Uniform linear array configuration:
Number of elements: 48
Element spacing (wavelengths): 0.75
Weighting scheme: binomial
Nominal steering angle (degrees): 45
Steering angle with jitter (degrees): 44.377
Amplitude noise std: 0.05
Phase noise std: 0.05

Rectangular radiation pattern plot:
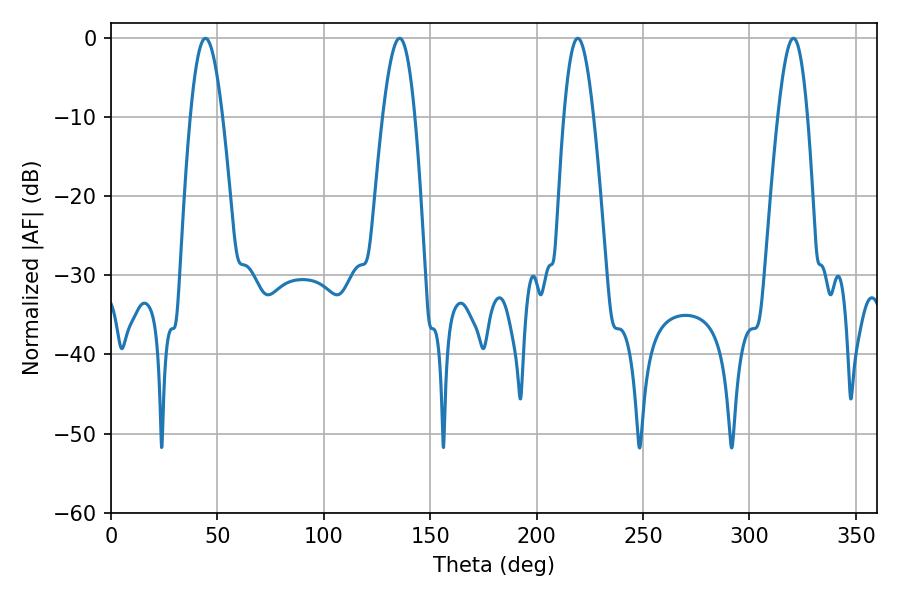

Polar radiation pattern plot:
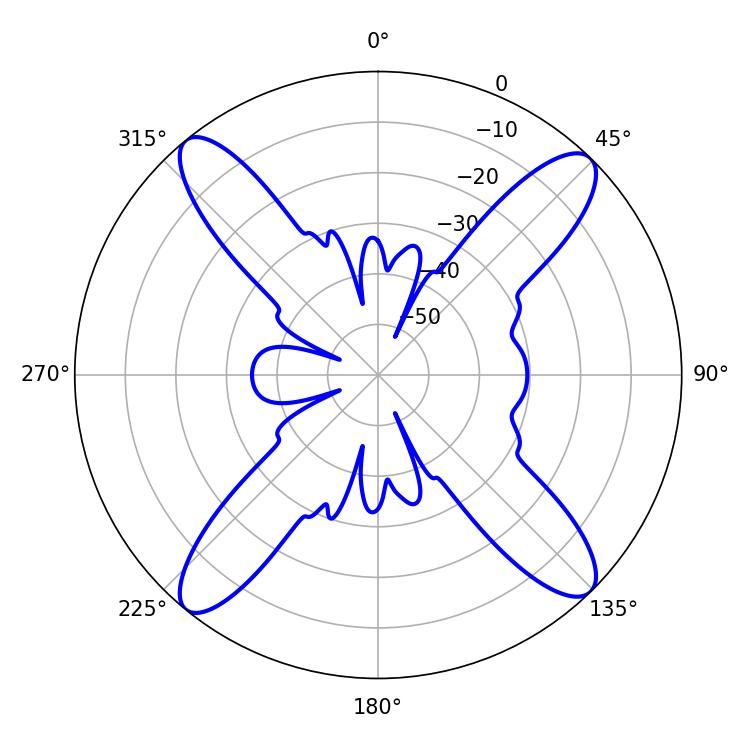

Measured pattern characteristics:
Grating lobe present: TRUE
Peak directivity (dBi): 17.427
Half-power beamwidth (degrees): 8.1
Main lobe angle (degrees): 44.46